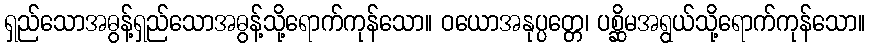
ရှည်သောအဓွန့်ရှည်သောအဓွန့်သို့ရောက်ကုန်သော။ ဝယောအနုပ္ပတ္တေ၊ ပစ္ဆိမအရွယ်သို့ရောက်ကုန်သော။